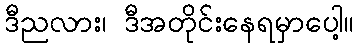
ဒီညလား၊ ဒီအတိုင်းနေရမှာပေါ့။